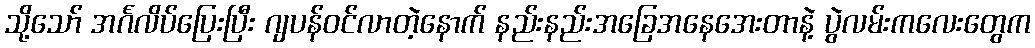
သို့သော် အင်္ဂလိပ်ပြေးပြီး ဂျပန်ဝင်လာတဲ့နောက် နည်းနည်းအခြေအနေအေးတာနဲ့ ပွဲလမ်းကလေးတွေက